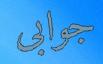
جوابى